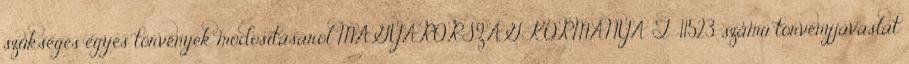
szükséges egyes törvények módosításáról MAGYARORSZÁG KORMÁNYA T 11523. számú törvényjavaslat